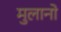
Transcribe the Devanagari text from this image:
मुलानो